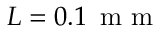
L = 0 . 1 { \ensuremath { \, \mathrm { ~ m ~ m ~ } } }